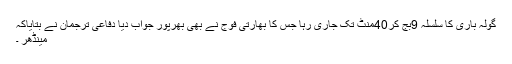
گولہ باری کا سلسلہ 9بج کر40منٹ تک جاری رہا جس کا بھارتی فوج نے بھی بھرپور جواب دیا دفاعی ترجمان نے بتایاکہ
مینڈھر ۔